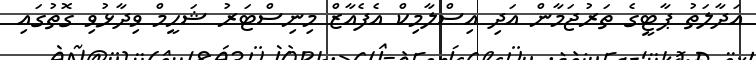
އަދާލަތު ޕާޓީގެ ތަރުޖަމާން އަދި އިސްލާމިކް އެފެއާޒް މިނިސްޓަރު ޝަހީމް ވިދާޅުވި ގޮތުގައި